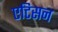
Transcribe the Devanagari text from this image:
एटिसन